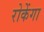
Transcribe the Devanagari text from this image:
रोकेंगा